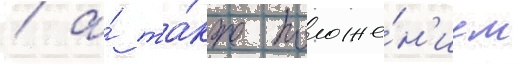
/ а́ та́кже положе́н'ием